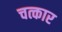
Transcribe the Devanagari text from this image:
चत्कार